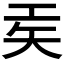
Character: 𫶬